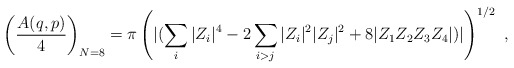
\begin{align*}\left ({A(q,p) \over 4}\right )_{N=8}= \pi \left( { |(\sum\limits_i |Z_i|^4 -2\sum\limits_{i>j} |Z_i|^2 |Z_j|^2 + 8|Z_1 Z_2 Z_3 Z_4| })| \right)^{1/2}\ ,\end{align*}